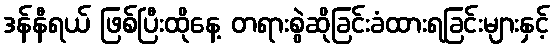
ဒန်နီရယ် ဖြစ်ပြီးထိုနေ့ တရားစွဲဆိုခြင်းခံထားရခြင်းများနှင့်